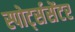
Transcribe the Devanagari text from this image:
स्पोर्ट्ससेंटर